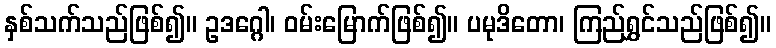
နှစ်သက်သည်ဖြစ်၍။ ဥဒဂ္ဂေါ၊ ဝမ်းမြောက်ဖြစ်၍။ ပမုဒိတော၊ ကြည်ရွှင်သည်ဖြစ်၍။